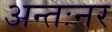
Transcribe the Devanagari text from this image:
अन्तःनर